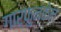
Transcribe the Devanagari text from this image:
गार्फुन्केल